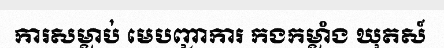
ការសម្លាប់ មេបញ្ជាការ កងកម្លាំង ឃុតស៍